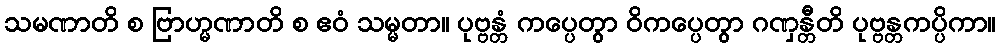
သမဏာတိ စ ဗြာဟ္မဏာတိ စ ဧဝံ သမ္မတာ။ ပုဗ္ဗန္တံ ကပ္ပေတွာ ဝိကပ္ပေတွာ ဂဏှန္တီတိ ပုဗ္ဗန္တကပ္ပိကာ။